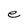
Character: e